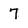
Character: 7